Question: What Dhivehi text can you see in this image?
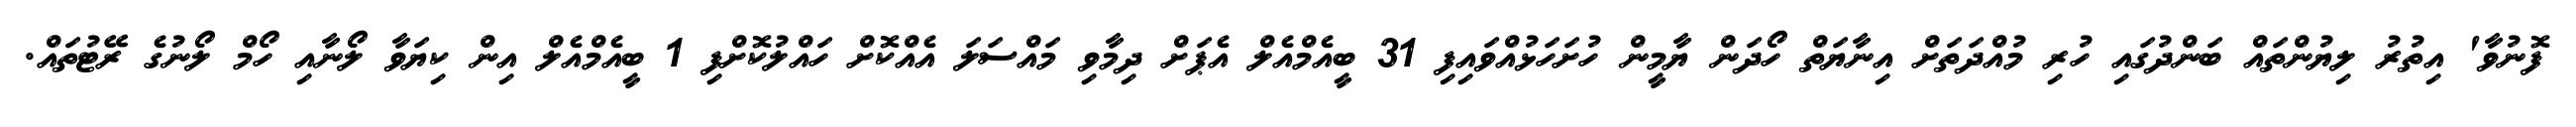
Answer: ފޮނުވާ' އިތުރު ލިޔުންތައް ބަންދުގައި ހުރި މުއްދަތަށް އިނާޔަތް ހޯދަން ޔާމީން ހުށަހަޅުއްވައިފި 31 ބީއެމްއެލް އެޕަށް ދިމާވި މައްސަލަ އެއްކޮށް ހައްލުކޮށްފި 1 ބީއެމްއެލް އިން ކިޔަވާ ލޯނާއި ހޯމް ލޯނުގެ ރޭޓުތައް.